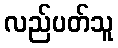
လည်ပတ်သူ